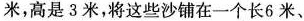
米，高是3米，将这些沙铺在一个长6米、